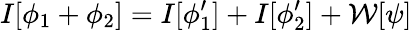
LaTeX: I[\phi_{1}+\phi_{2}]=I[\phi_{1}^{\prime}]+I[\phi_{2}^{\prime}]+{\cal W}[\psi]